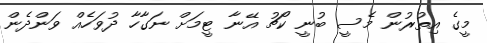
މީގެ އިތުރުން މެސީ ބުނީ ކޯޗު އޭނާ ޓީމަށް ނަގާހާ ދުވަހެއް ވަންދެން